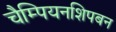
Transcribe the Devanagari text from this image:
चैम्पियनशिपबन